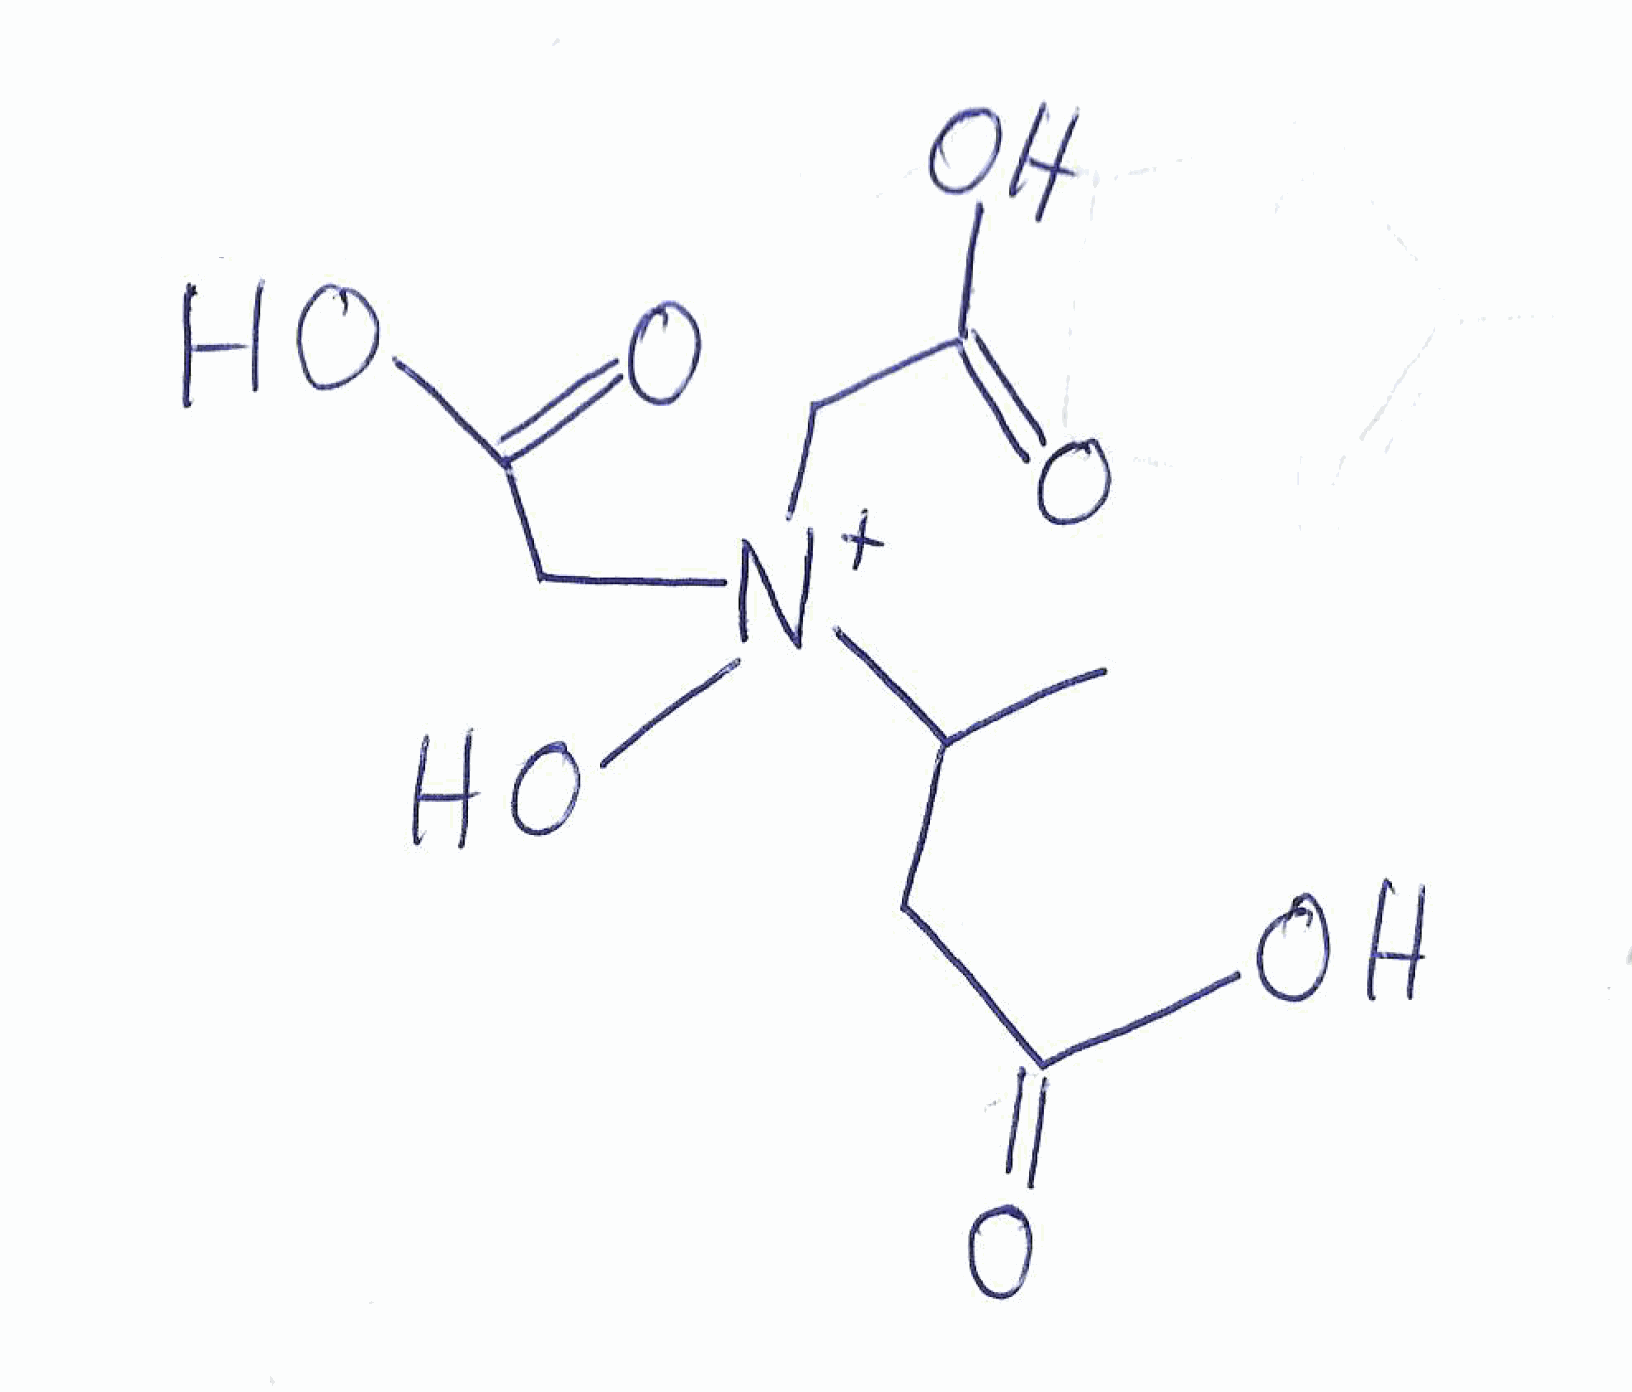
Simplified molecular-input line-entry system (SMILES) notation of the given molecule:
CC(CC(=O)O)[N+](CC(=O)O)(CC(=O)O)O